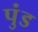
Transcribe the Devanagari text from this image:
पुंड